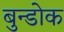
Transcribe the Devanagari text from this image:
बुन्डोक